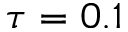
\tau = 0 . 1